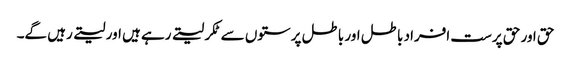
حق اور حق پرست افراد باطل اور باطل پرستوں سے ٹکر لیتے رہے ہیں اور لیتے رہیں گے۔